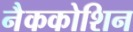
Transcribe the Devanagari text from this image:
नैककोशिन